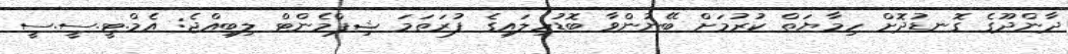
ދާންދޫގެ ގޮނޑުދޮށް ހިމާޔަތް ކުރުމަށް ބޭނުންވާ ބޮޑުހިލައިގެ ފުރަތަމަ ޝިޕްމެންޓް ލިބިއްޖެ: އެމް.ޓީ.ސީ.ސީ